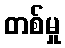
တစ်မှု